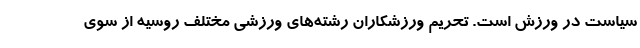
سیاست در ورزش است. تحریم ورزشکاران رشته‌های ورزشی مختلف روسیه از سوی